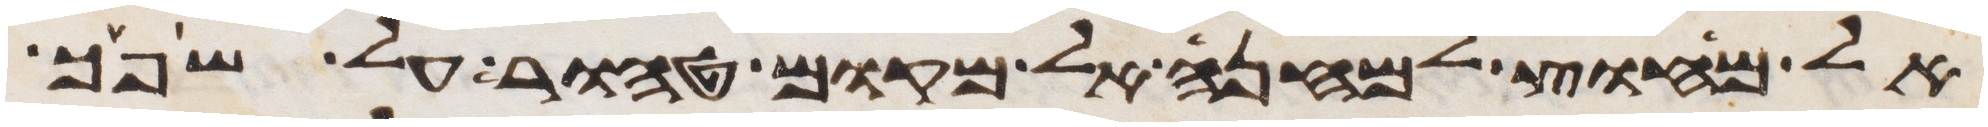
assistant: אל מחוץ למחנה אל מקום טהור על שפך